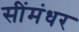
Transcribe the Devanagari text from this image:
सींमंधर